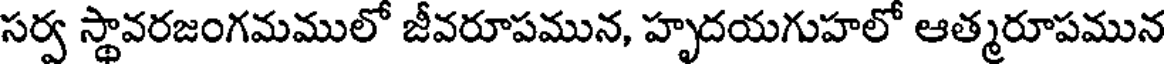
సర్వ స్థావరజంగమములో జీవరూపమున, హృదయగుహలో ఆత్మరూపమున